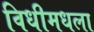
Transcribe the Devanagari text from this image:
विधीमधला